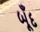
બૂઁદ